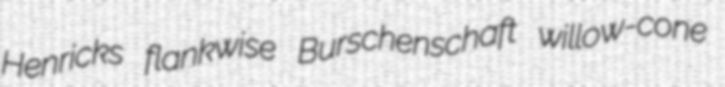
Henricks flankwise Burschenschaft willow-cone